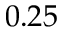
0 . 2 5